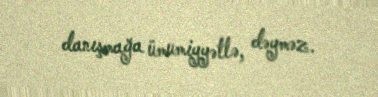
danışmağa ümumiyyətlə, dəyməz.